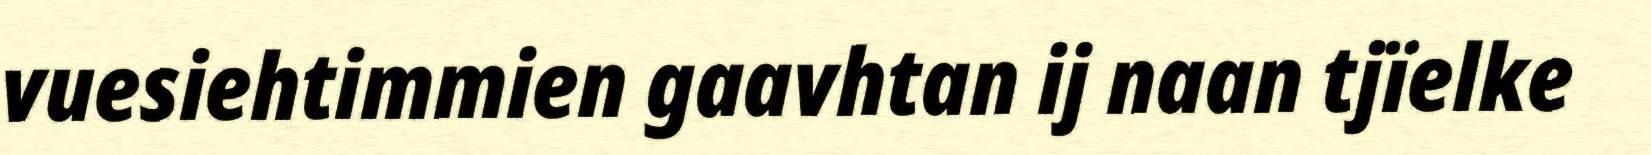
vuesiehtimmien gaavhtan ij naan tjïelke